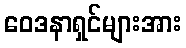
ဝေဒနာရှင်များအား